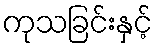
ကုသခြင်းနှင့်